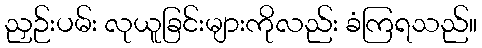
ညှဉ်းပမ်း လုယူခြင်းများကိုလည်း ခံကြရသည်။